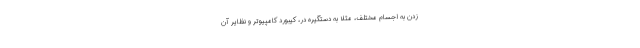
زدن به اجسام مختلف، مثلا به دستگیره در، کیبورد کامپیوتر و نظایر آن